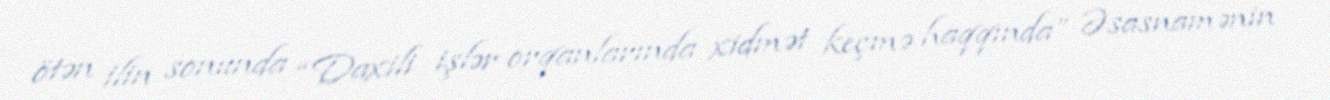
ötən ilin sonunda “Daxili işlər orqanlarında xidmət keçmə haqqında” Əsasnamənin